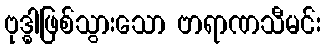
ဗုဒ္ဓါဖြစ်သွားသော ဗာရာဏသီမင်း